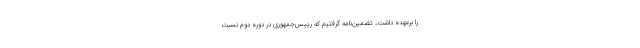
را برعهده داشت، تضمين‌نامه گرفتيم كه رييس‌جمهوري در دوره دوم نسبت